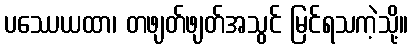
ပဿေယထာ၊ တဖျတ်ဖျတ်အသွင် မြင်ရသကဲ့သို့။